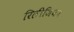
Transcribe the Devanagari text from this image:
रिलीजियन